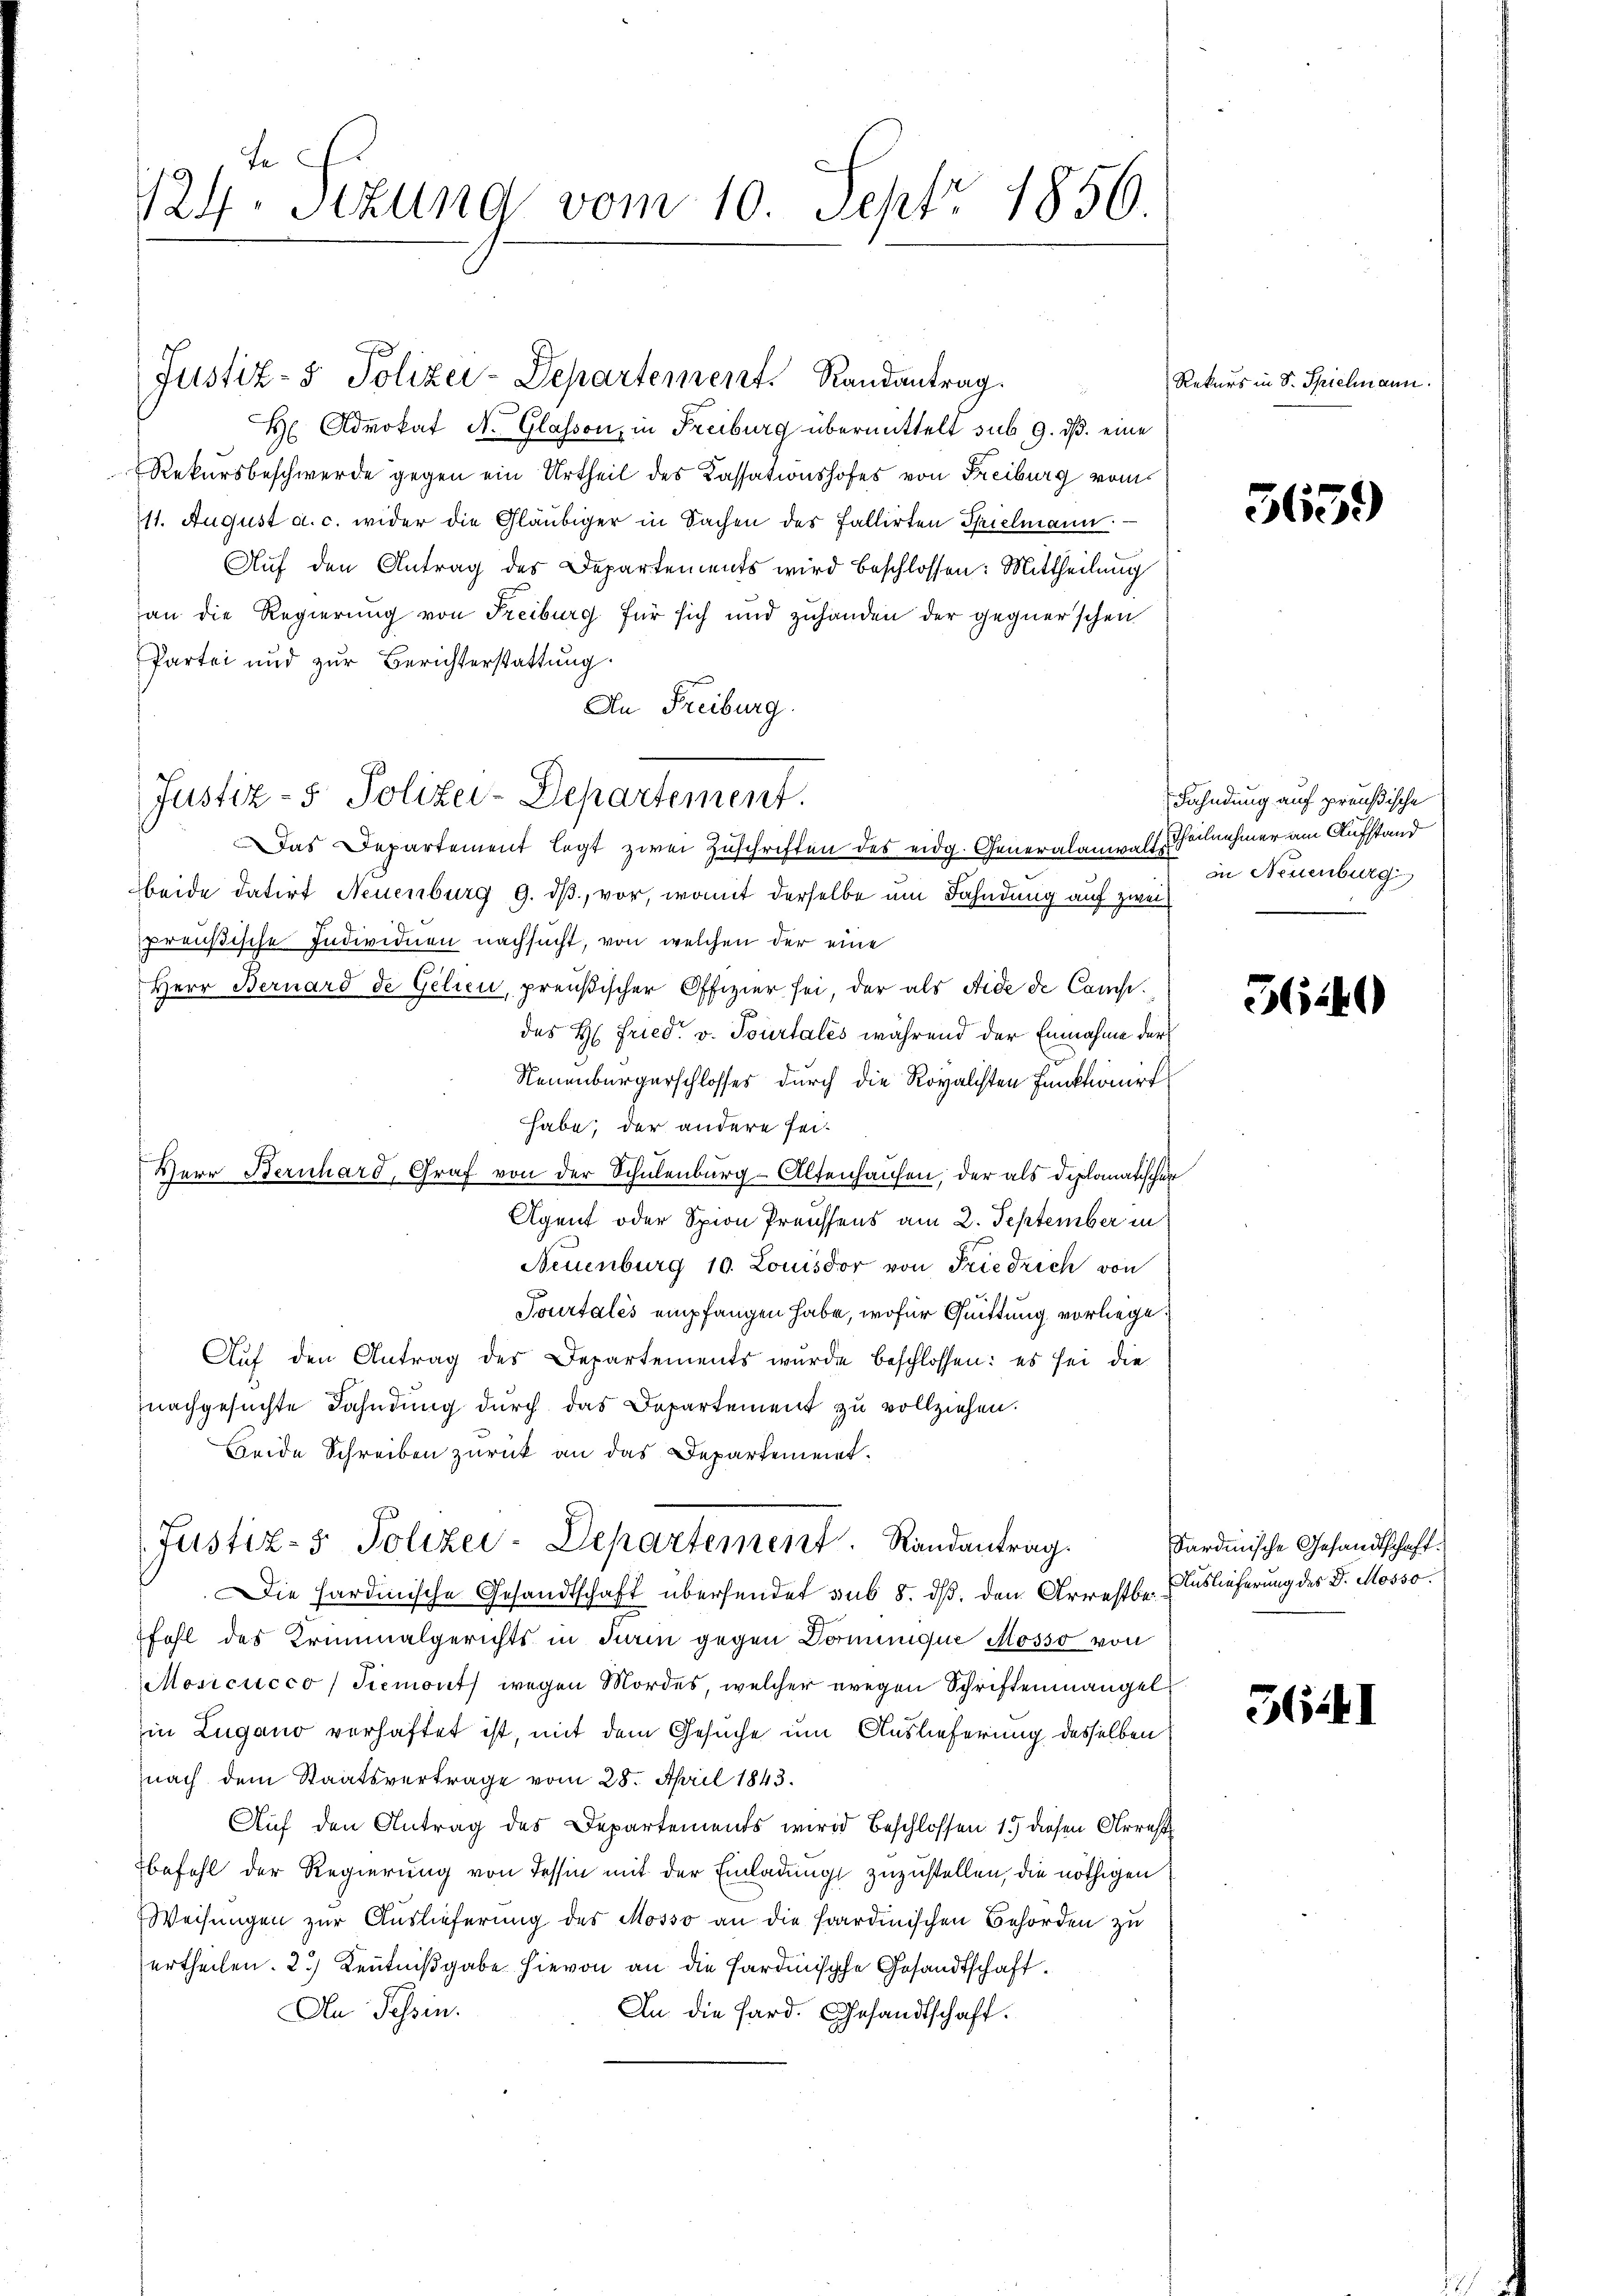
124. Sitzung vom 10. Sept. 1856.

Justiz- & Polizei-Departement. Randantrag.
H Advokat N. Glasson, in Freiburg übermittelt sub. 9. ds. eine
Rekursbeschwerde gegen ein Urtheil des Kassationshofes von Freiburg vom
11. August a. c. wider die Gläubiger in Sachen des Fallirten Prielmann
Auf den Antrag des Departements wird beschlossen: Mittheilung
an die Regierung von Freiburg für sich und zuhanden der gegner’schen
Partei und zur Berichterstattung.
An Freiburg.
beide datirt Neuenburg 9. dβ, vor, womit derselbe um Fahndung auf zwei
preußische Individuen nachsucht, von welchen der eine
Herr Bernard de Gelieu, preußischer Offizier sei, der als Fide de Campdes H. Fried. v. Tourtales während der Einnahme der
Neuenburgerschlosses durch die Royalisten Funktionirt
habe; der andere sei-
Herr Bernhard, Graf von der Schulenburg-Altenhausen, der als Diplomatischen
Agent oder Spion Preussens am 2. September in
Neuenburg 10. Louisdor von Friedrich von
Tourtales empfangen habe, wofür Quittung vorliege
Aŭf den Antrag des Departements wurde beschlossen: es sei die
nachgesuchte Fahndung durch das Departement zu vollziehen.
Beide Schreiben zurück an das Departement¬
Justiz- & Polizei-Departement. Randantrag.
Die Hardinische Gesandtschaft übersendet aus 8. ds. den Arrestbe. Auslieferung des J. Mosso
fahl des Kriminalgerichts in diam gegen Docunque Mosso von
Mosicucco Piemonts wegen Mordes, welcher wegen Schriftenmangel
in Lugano verhaftet ist, mit dem Gesuche um Auslieferung desselben
nach dem Staatsvertrage vom 28. April 1843.
Auf den Antrag des Departements wird Beschlossen 15 diesen Arrest
befehl der Regierung von Tessin mit der Einladung zuzustellen, die nöthigen
Weisungen zur Auslieferung des Mosso an die hordinischen Behörden zu
ertheilen. 2.) Kenntnißgabe hievon an die Sardinische Gesandtschaft¬
An Tessin.
An die Hard. Gesandtschaft.

Justiz- & Polizei-Departement.

Das Departement legt zwei Zuschriften des eidg. Generalanwalter

Rekurs in Dr. Spielmann.

365.

Fahndung auf preußische
Theilnehmer am Aufstand
in Neuenburg

5440

Sardinische Gesandtschaft.

3641